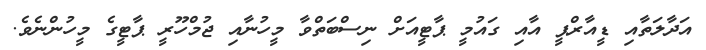
އަދާލަތާއި ޑީއާރްޕީ އާއި ގައުމީ ޕާޓީއަށް ނިސްބަތްވާ މީހުނާއި ޖުމްހޫރީ ޕާޓީގެ މީހުންނެވެ.